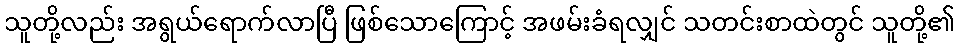
သူတို့လည်း အရွယ်ရောက်လာပြီ ဖြစ်သောကြောင့် အဖမ်းခံရလျှင် သတင်းစာထဲတွင် သူတို့၏